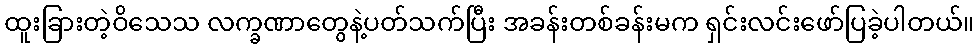
ထူးခြားတဲ့ဝိသေသ လက္ခဏာတွေနဲ့ပတ်သက်ပြီး အခန်းတစ်ခန်းမက ရှင်းလင်းဖော်ပြခဲ့ပါတယ်။